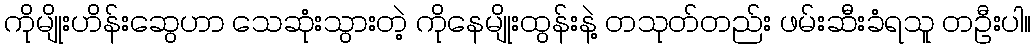
ကိုမျိုးဟိန်းဆွေဟာ သေဆုံးသွားတဲ့ ကိုနေမျိုးထွန်းနဲ့ တသုတ်တည်း ဖမ်းဆီးခံရသူ တဦးပါ။